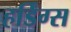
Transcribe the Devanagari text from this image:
हर्डिंग्स